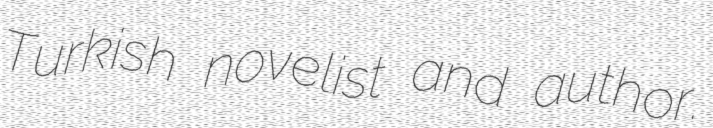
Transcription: Turkish novelist and author.